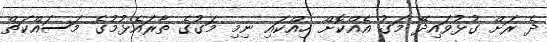
ދެ ރަށް ގުޅުވައިދޭ މަގު އެއްކޮށް ހިއްކައި ނިމި މަގުގެ ތާރައެޅުމުގެ މަސައްކަތް